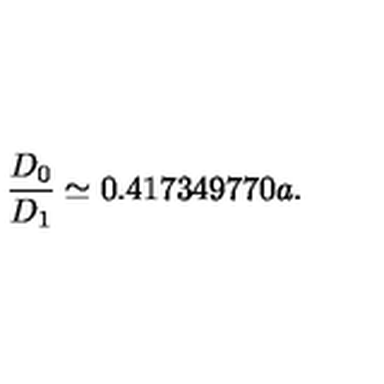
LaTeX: \frac { D _ { 0 } } { D _ { 1 } } \simeq 0 . 4 1 7 3 4 9 7 7 0 a .